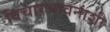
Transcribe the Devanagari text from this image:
विचारभावनांशी